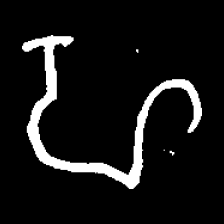
Pyu character \u2014 Myanmar letter: ဟ (romanized: ha)